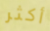
أكثر